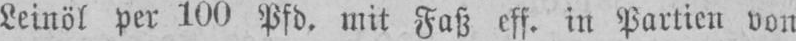
Leinöl per 100 Pfd. mit Faß eff. in Partien von